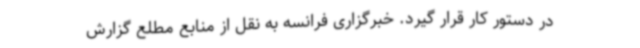
در دستور کار قرار گیرد. خبرگزاری فرانسه به نقل از منابع مطلع گزارش